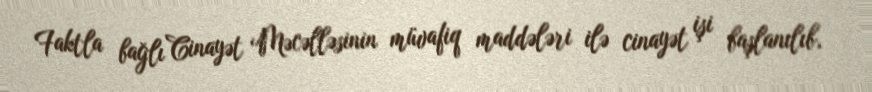
Faktla bağlı Cinayət Məcəlləsinin müvafiq maddələri ilə cinayət işi başlanılıb,